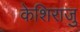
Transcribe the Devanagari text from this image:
केशिराजु